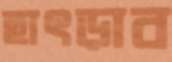
হাৎড়াব